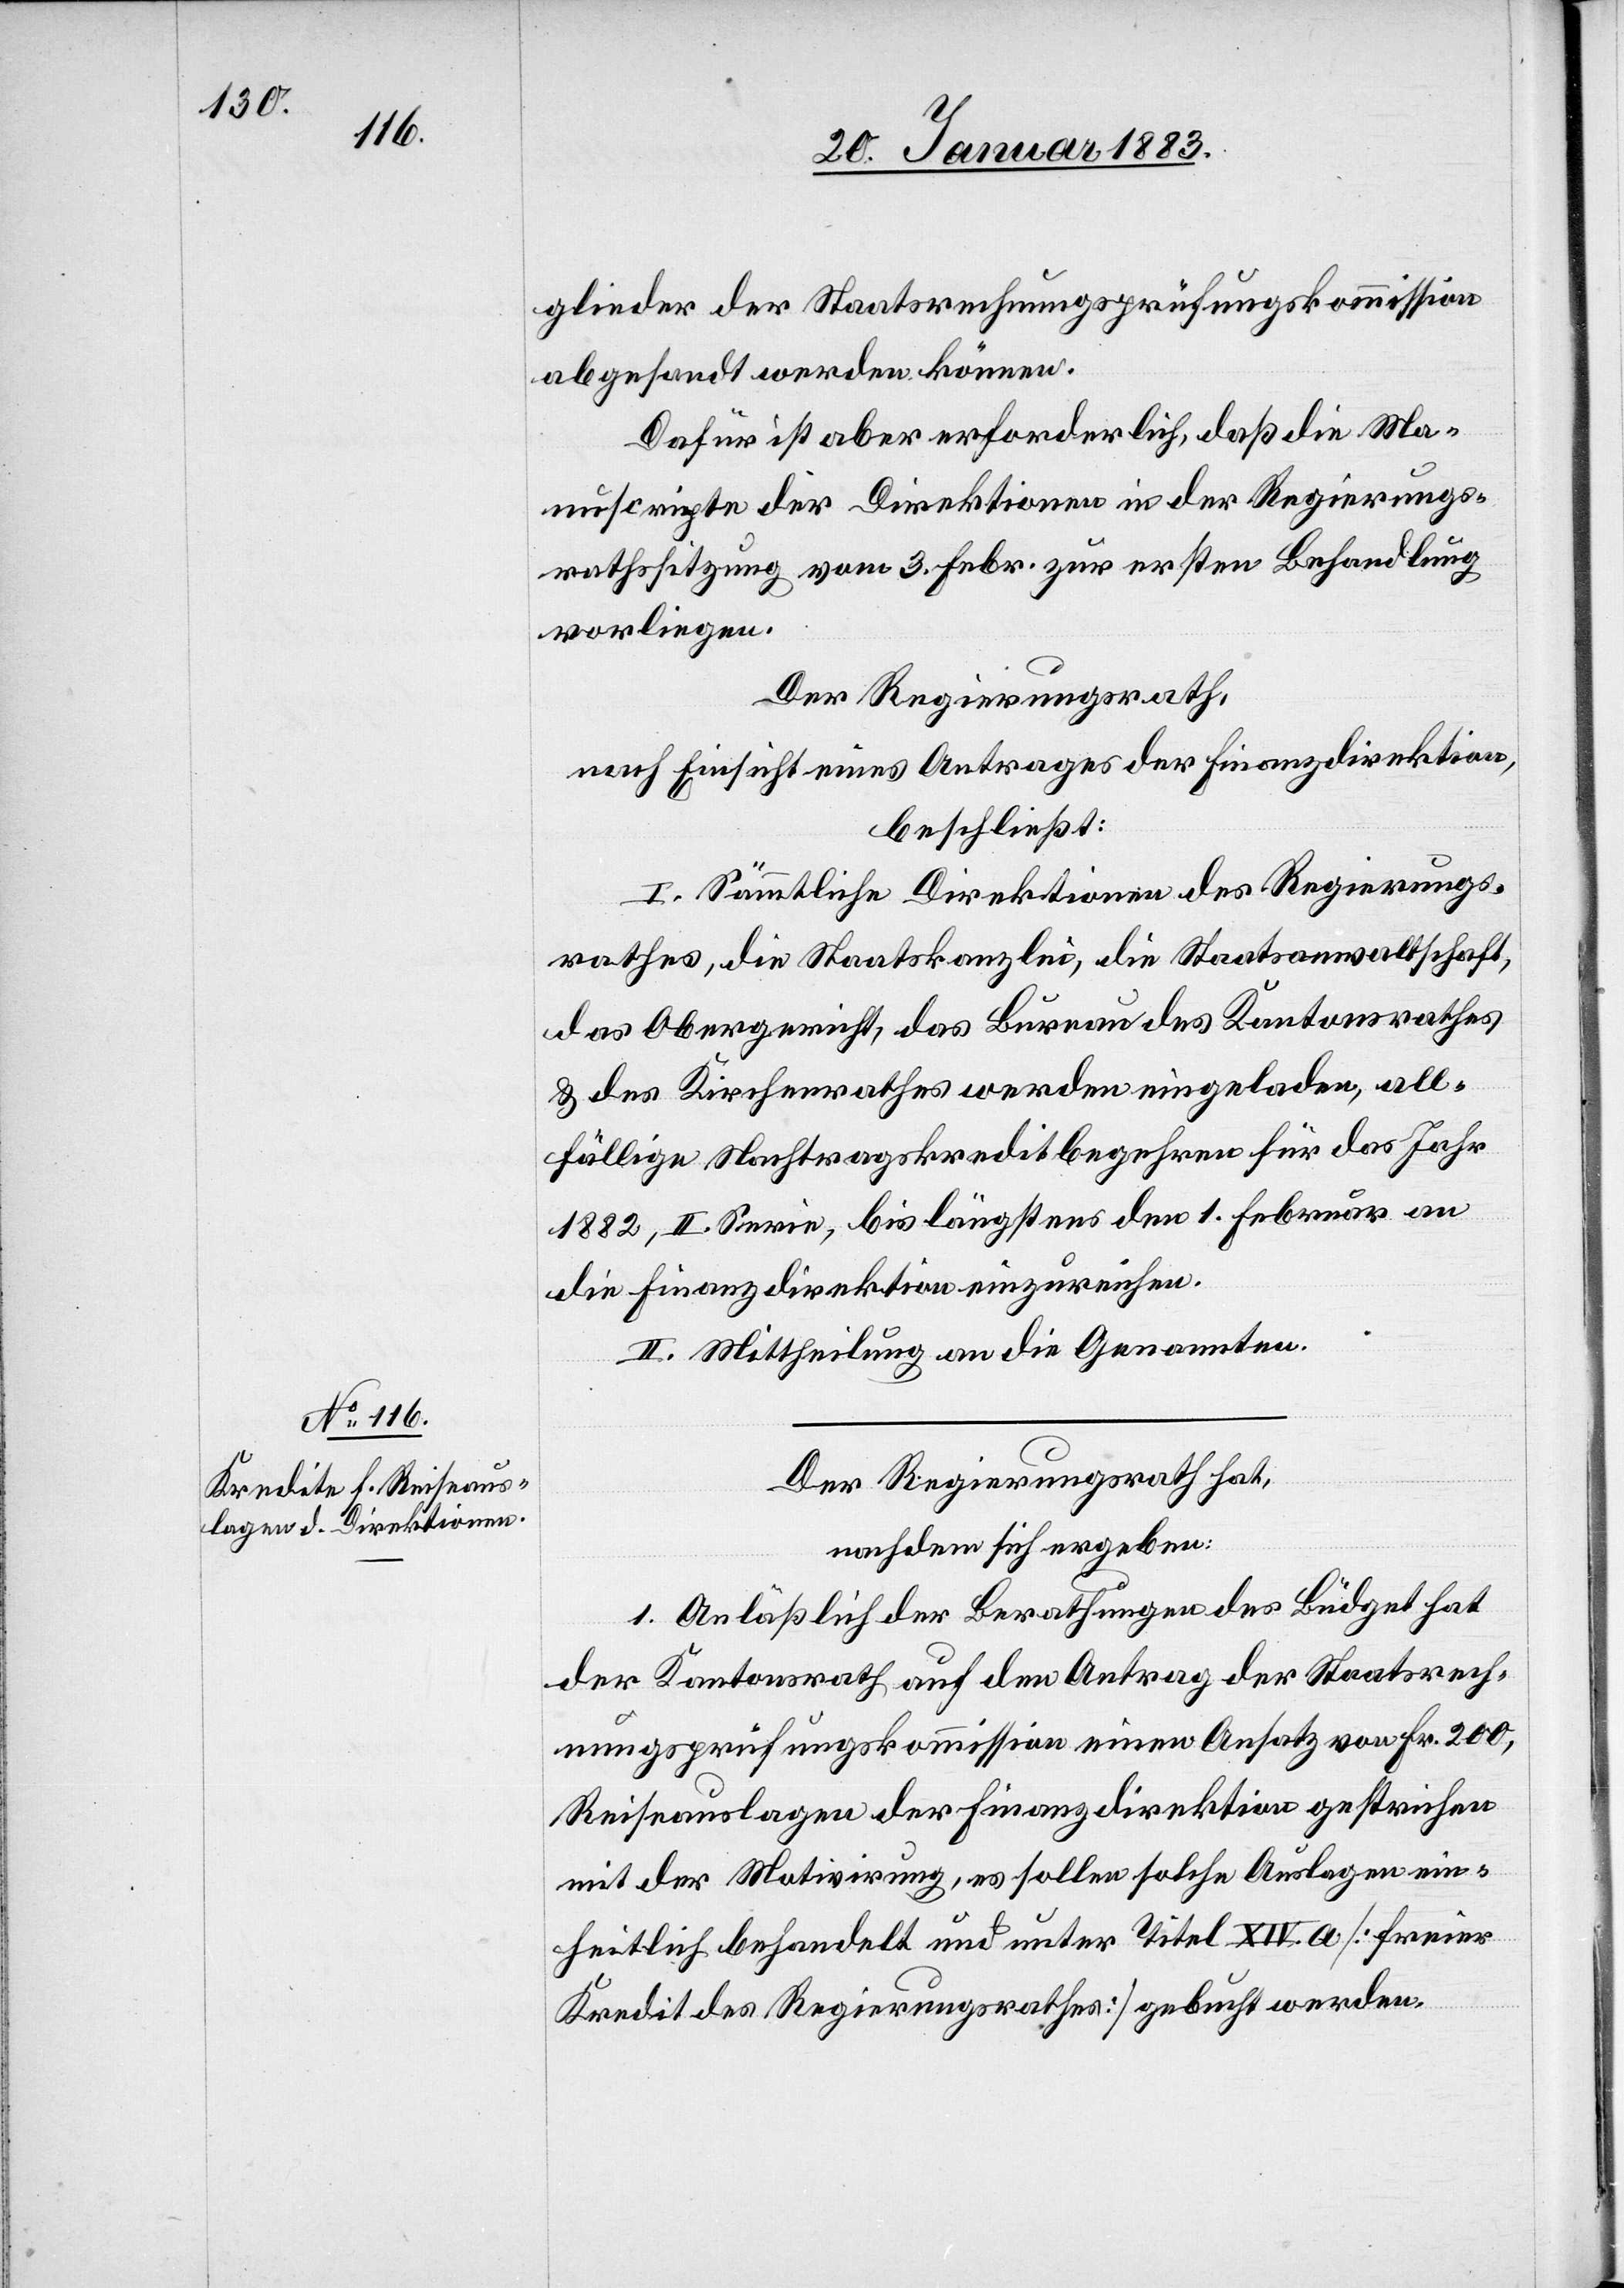
glieder der Staatsrechnungsprüfungskommission
abgesandt werden können.
Dafür ist aber erforderlich, daß die Ma¬
nuscripte der Direktionen in der Regierungs¬
rathssitzung vom 3. Febr. zur ersten Behandlung
vorliegen.
Der Regierungsrath,
nach Einsicht eines Antrages der Finanzdirektion,
beschließt:
I. Sämmtliche Direktionen des Regierungs¬
rathes, die Staatskanzlei, die Staatsanwaltschaft,
das Obergericht, das Bureau des Kantonsrathes
& des Kirchenrathes werden eingeladen, all¬
fällige Nachtragskreditbegehren für das Jahr
1882, II. Serie, bis längstens den 1. Februar an
die Finanzdirektion einzureichen.
II. Mittheilung an die Genannten.
Der Regierungsrath hat,
nachdem sich ergeben:
1. Anläßlich der Berathungen des Büdget hat
der Kantonsrath auf den Antrag der Staatsrech¬
nungsprüfungskommission einen Ansatz von Fr. 200,
Reiseauslagen der Finanzdirektion gestrichen
mit der Motivirung, es sollen solche Auslagen ein¬
heitlich behandelt und unter Titel XIV. a [freier
Kredit des Regierungsrathes] gebucht werden.